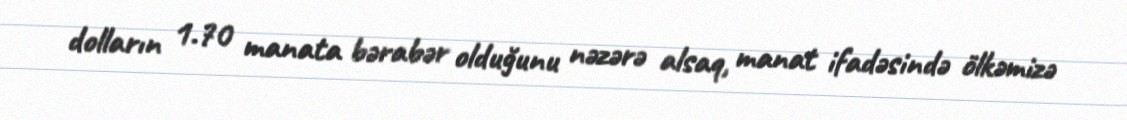
dolların 1.70 manata bərabər olduğunu nəzərə alsaq, manat ifadəsində ölkəmizə